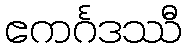
ဧကင်္ဂဒဿီ